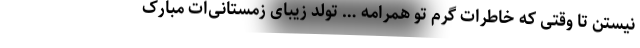
نیستن تا وقتی که خاطرات گرم تو همرامه … تولد زیبای زمستانی‌ات مبارک